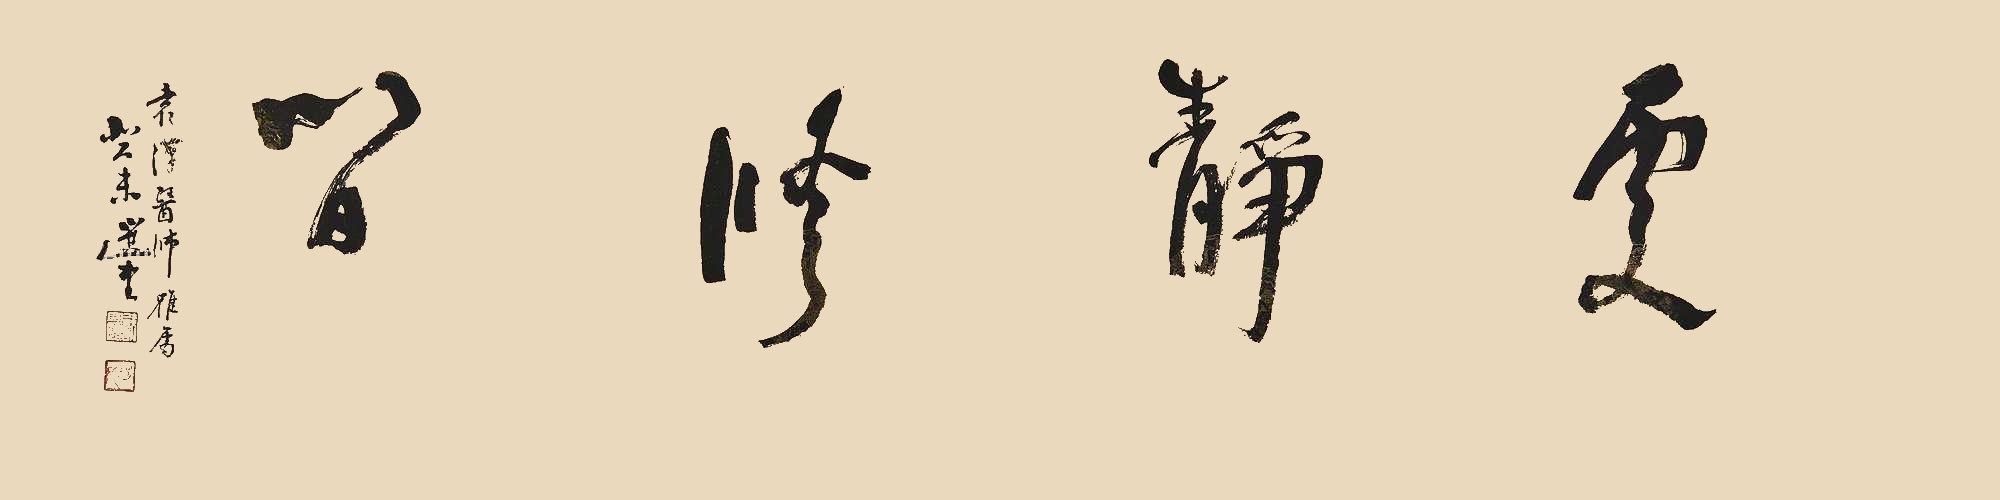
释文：更静修闲。袁汉医师雅属，癸未选堂。